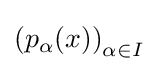
\left(p_{\alpha }(x)\right)_{\alpha \in I}